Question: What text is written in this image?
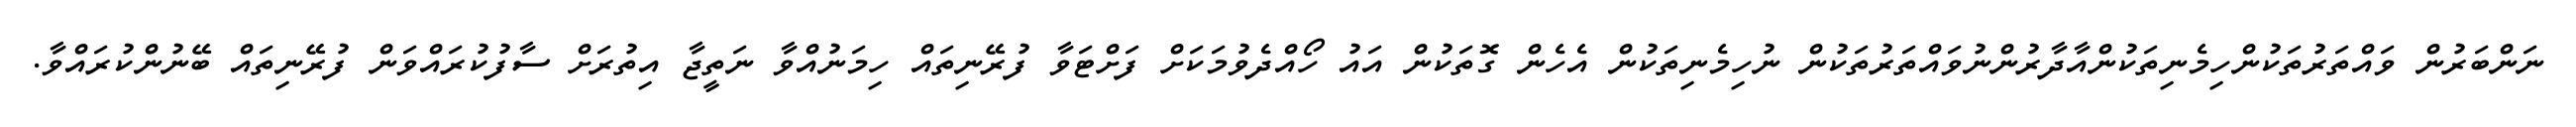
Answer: ނަންބަރުން ވައްތަރުތަކުންހިމެނިތަކުންއާދާރުންނުވައްތަރުތަކުން ނުހިމެނިތަކުން އެހެން ގޮތަކުން އައު ހޯއްދެވުމަކަށް ފަށްޓަވާ ފުރޭނިތައް ހިމަނުއްވާ ނަތީޖާ އިތުރަށް ސާފުކުރައްވަން ފުރޭނިތައް ބޭނުންކުރައްވާ.